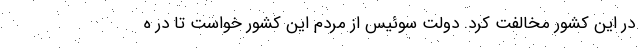
در این کشور مخالفت کرد. دولت سوئیس از مردم این کشور خواست تا در ه